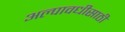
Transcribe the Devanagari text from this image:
अल्पावधीसाठी